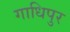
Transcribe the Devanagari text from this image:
गाधिपुर